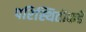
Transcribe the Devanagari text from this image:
परिस्थितीकडे